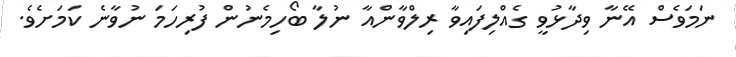
ނަމަވެސް އޭނާ ވިދާޅުވީ ގެއްލިފައިވާ ރިލްވާންއާ ނުލާ ބޯހިމެނުން ފުރިހަމަ ނުވާނެ ކަމަށެވެ.